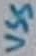
Text: VSS